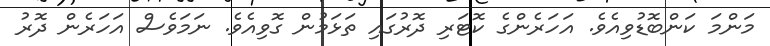
މަންމަ ކަންބޮޑުވިއެވެ. އަހަރެންގެ ކޮޓަރި ދޮރުގައި ތަޅަމުން ގޮވިއެވެ. ނަމަވެސް އަހަރެން ދޮރު